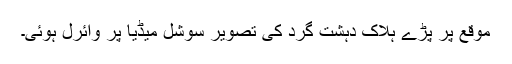
موقع پر پڑے ہلاک دہشت گرد کی تصویر سوشل میڈیا پر وائرل ہوئی۔